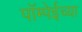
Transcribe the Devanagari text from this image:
पॉम्पेईच्या